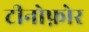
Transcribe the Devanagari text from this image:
टीनोफ़ोर